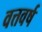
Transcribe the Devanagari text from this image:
वत्तवर्ष